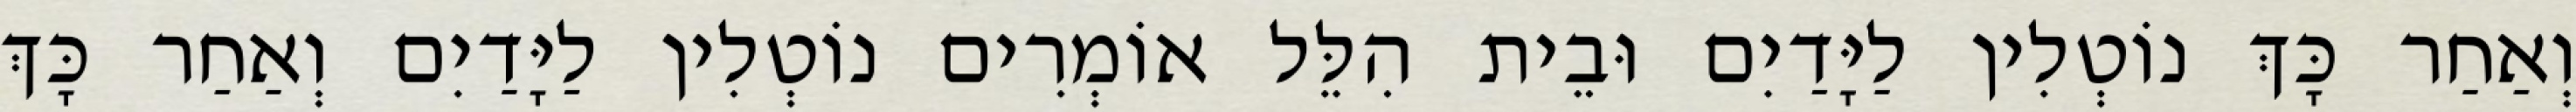
וְאַחַר כָּךְ נוֹטְלִין לַיָּדַיִם וּבֵית הִלֵּל אוֹמְרִים נוֹטְלִין לַיָּדַיִם וְאַחַר כָּךְ